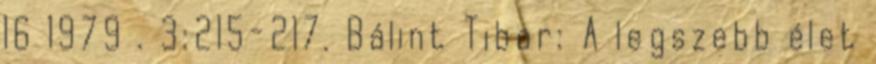
16 1979 . 3:215-217. Bálint Tibor: A legszebb élet